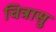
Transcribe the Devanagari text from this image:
चित्रासु